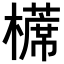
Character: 𣝸